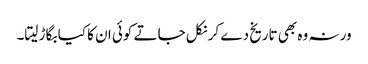
ورنہ وہ بھی تاریخ دے کر نکل جاتے کوئی ان کا کیا بگاڑ لیتا۔